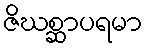
ဇိဃစ္ဆာပရမာ